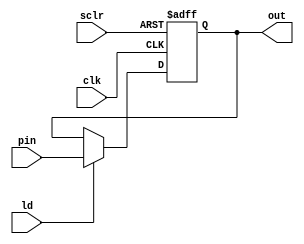
module NomralReg10(clk, sclr, ld, pin, out);
	input clk, sclr, ld;
	input [9:0] pin;
	output [9:0] out;
	reg [9:0] out = 10'b00_0000_0000;
	
    always @(posedge clk, posedge sclr) begin
        if (sclr)
            out <= 10'b0;
        else if (ld)
        	out <= pin;
    end
endmodule